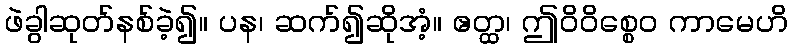
ဖဲခွါဆုတ်နစ်ခဲ့၍။ ပန၊ ဆက်၍ဆိုအံ့။ ဧတ္ထ၊ ဤဝိဝိစ္စေဝ ကာမေဟိ